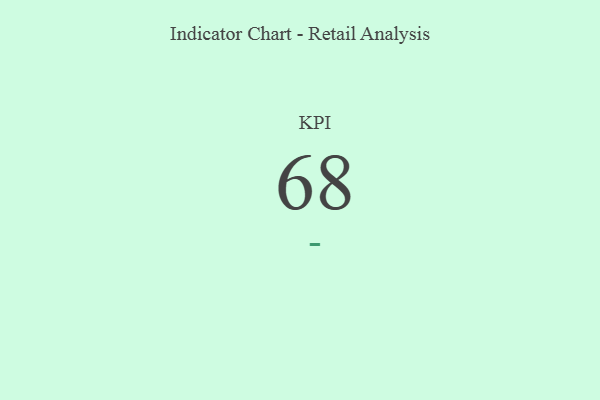
{"axis": {"x": "KPI", "y": "Value"}, "legend": [""], "data": [{"x": "KPI", "y": 68, "type": ""}]}